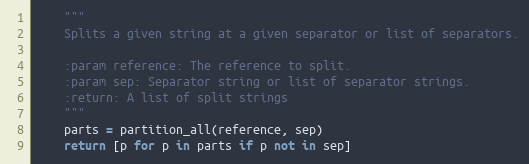
Language: Python
    """
    Splits a given string at a given separator or list of separators.

    :param reference: The reference to split.
    :param sep: Separator string or list of separator strings.
    :return: A list of split strings
    """
    parts = partition_all(reference, sep)
    return [p for p in parts if p not in sep]